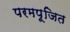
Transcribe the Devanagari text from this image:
परमपूजित